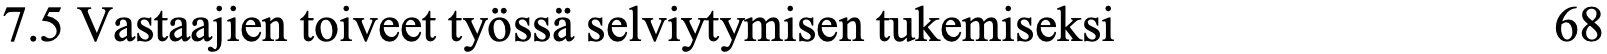
7.5 Vastaajien toiveet työssä selviytymisen tukemiseksi 68